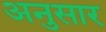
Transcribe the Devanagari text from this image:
अनुसार